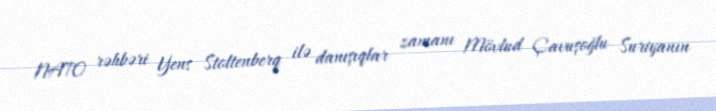
NATO rəhbəri Yens Stoltenberq ilə danışıqlar zamanı Mövlud Çavuşoğlu Suriyanın